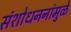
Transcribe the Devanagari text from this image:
संशोधननांमुळे